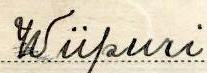
Wiipuri